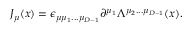
{ \cal J } _ { \mu } ( x ) = \epsilon _ { \mu \mu _ { 1 } . . . \mu _ { D - 1 } } \partial ^ { \mu _ { 1 } } \Lambda ^ { \mu _ { 2 } . . . \mu _ { D - 1 } } ( x ) .